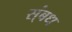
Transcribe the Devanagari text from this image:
स्ंबध